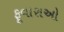
ફૂવારાઓ